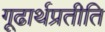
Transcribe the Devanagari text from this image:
गूढार्थप्रतीति